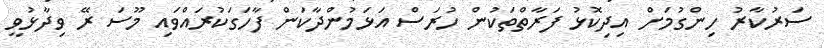
ސަރުކާރު ހިންގުމަށް އިދިކޮޅު ފަރާތްތަކުން ހުރަސް އަޅަމުންދާކަން ފާހަގަކުރައްވައި މޫސަ ރޭ ވިދާޅުވީ